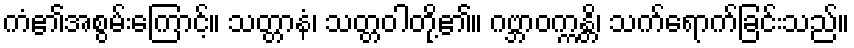
ကံ၏အစွမ်းကြောင့်။ သတ္တာနံ၊ သတ္တဝါတို့၏။ ဂဗ္ဘာဝက္ကန္တိ၊ သက်ရောက်ခြင်းသည်။